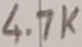
Text: 4.7K